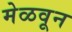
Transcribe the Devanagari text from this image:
मेळवून